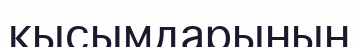
қысымдарының